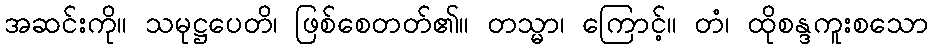
အဆင်းကို။ သမုဋ္ဌပေတိ၊ ဖြစ်စေတတ်၏။ တသ္မာ၊ ကြောင့်။ တံ၊ ထိုစန္ဒကူးစသော